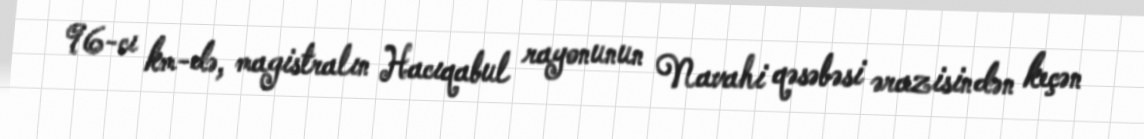
96-cı km-də, magistralın Hacıqabul rayonunun Navahi qəsəbəsi ərazisindən keçən